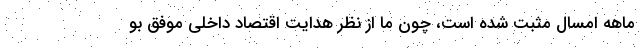
ماهه امسال مثبت شده است، چون ما از نظر هدایت اقتصاد داخلی موفق بو